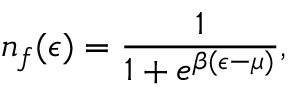
n _ { f } ( \epsilon ) = \frac { 1 } { 1 + e ^ { \beta ( \epsilon - \mu ) } } ,